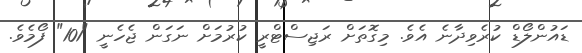
ޑައުންލޯޑް ކުރެވިދާނެ އެވެ. މިގޮތަށް ރަޖިސްޓްރީ ކުރުމަށް ނަގަން ޖެހެނީ "101" ފޯމެވެ.